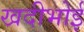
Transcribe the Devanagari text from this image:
खदीभोई